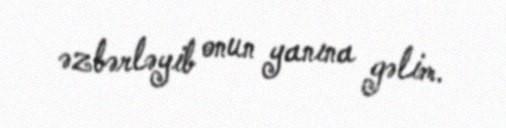
əzbərləyib onun yanına gəlim.